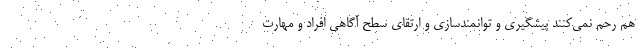
هم رحم نمی‌کنند پیشگیری و توانمندسازی و ارتقای سطح آگاهی افراد و مهارت